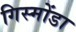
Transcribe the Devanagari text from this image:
गिस्मोंडा